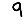
Digit: 9